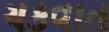
ચકવાત